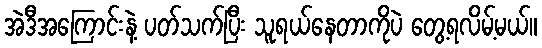
အဲဒီအကြောင်းနဲ့ ပတ်သက်ပြီး သူရယ်နေတာကိုပဲ တွေ့ရလိမ့်မယ်။